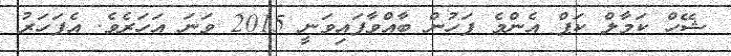
ޝޭހް ކަމާލް ކަޕް އެންމެ ފަހުން ބާއްވާފައިވަނީ 2015 ވަނަ އަހަރެވެ. އެފަހަރު